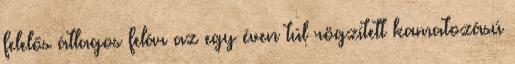
felelős átlagos felár az egy éven túl rögzített kamatozású